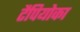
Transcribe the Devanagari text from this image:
टैपियोका